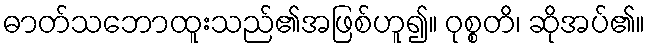
ဓာတ်သဘောထူးသည်၏အဖြစ်ဟူ၍။ ဝုစ္စတိ၊ ဆိုအပ်၏။